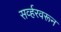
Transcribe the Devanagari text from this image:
सर्व्हरवरून